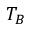
T _ { B }